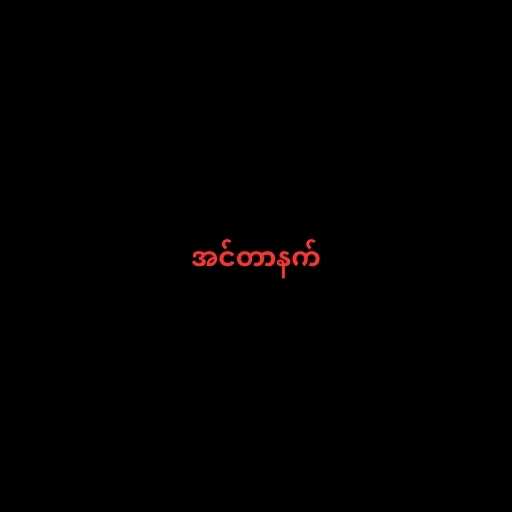
အင်တာနက်